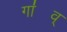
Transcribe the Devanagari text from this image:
गा॑व्